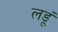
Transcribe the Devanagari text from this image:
लडूं